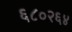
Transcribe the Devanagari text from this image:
६८०२६४